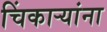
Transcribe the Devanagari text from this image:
चिंकाऱ्यांना